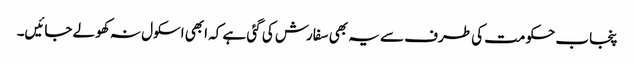
پنجاب حکومت کی طرف سے یہ بھی سفارش کی گئی ہے کہ ابھی اسکول نہ کھولے جائیں۔